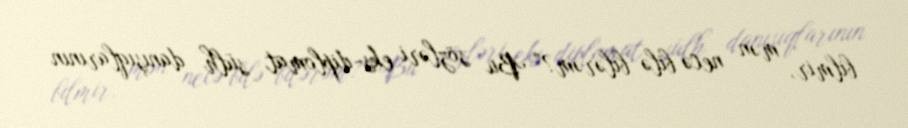
bilmir, mən necə bilə bilərəm?” Bu sözləri eks-diplomat sülh danışıqlarının